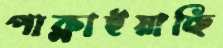
পাক্‌লাইয়াছি